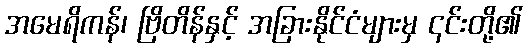
အမေရိကန်၊ ဗြိတိန်နှင့် အခြားနိုင်ငံများမှ ၎င်းတို့၏